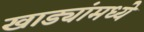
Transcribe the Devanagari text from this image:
खाड्यांमध्ये